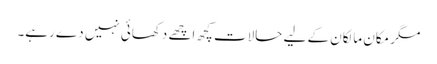
مگر مکان مالکان کے لیے حالات کچھ اچھے دکھائی نہیں دے رہے۔